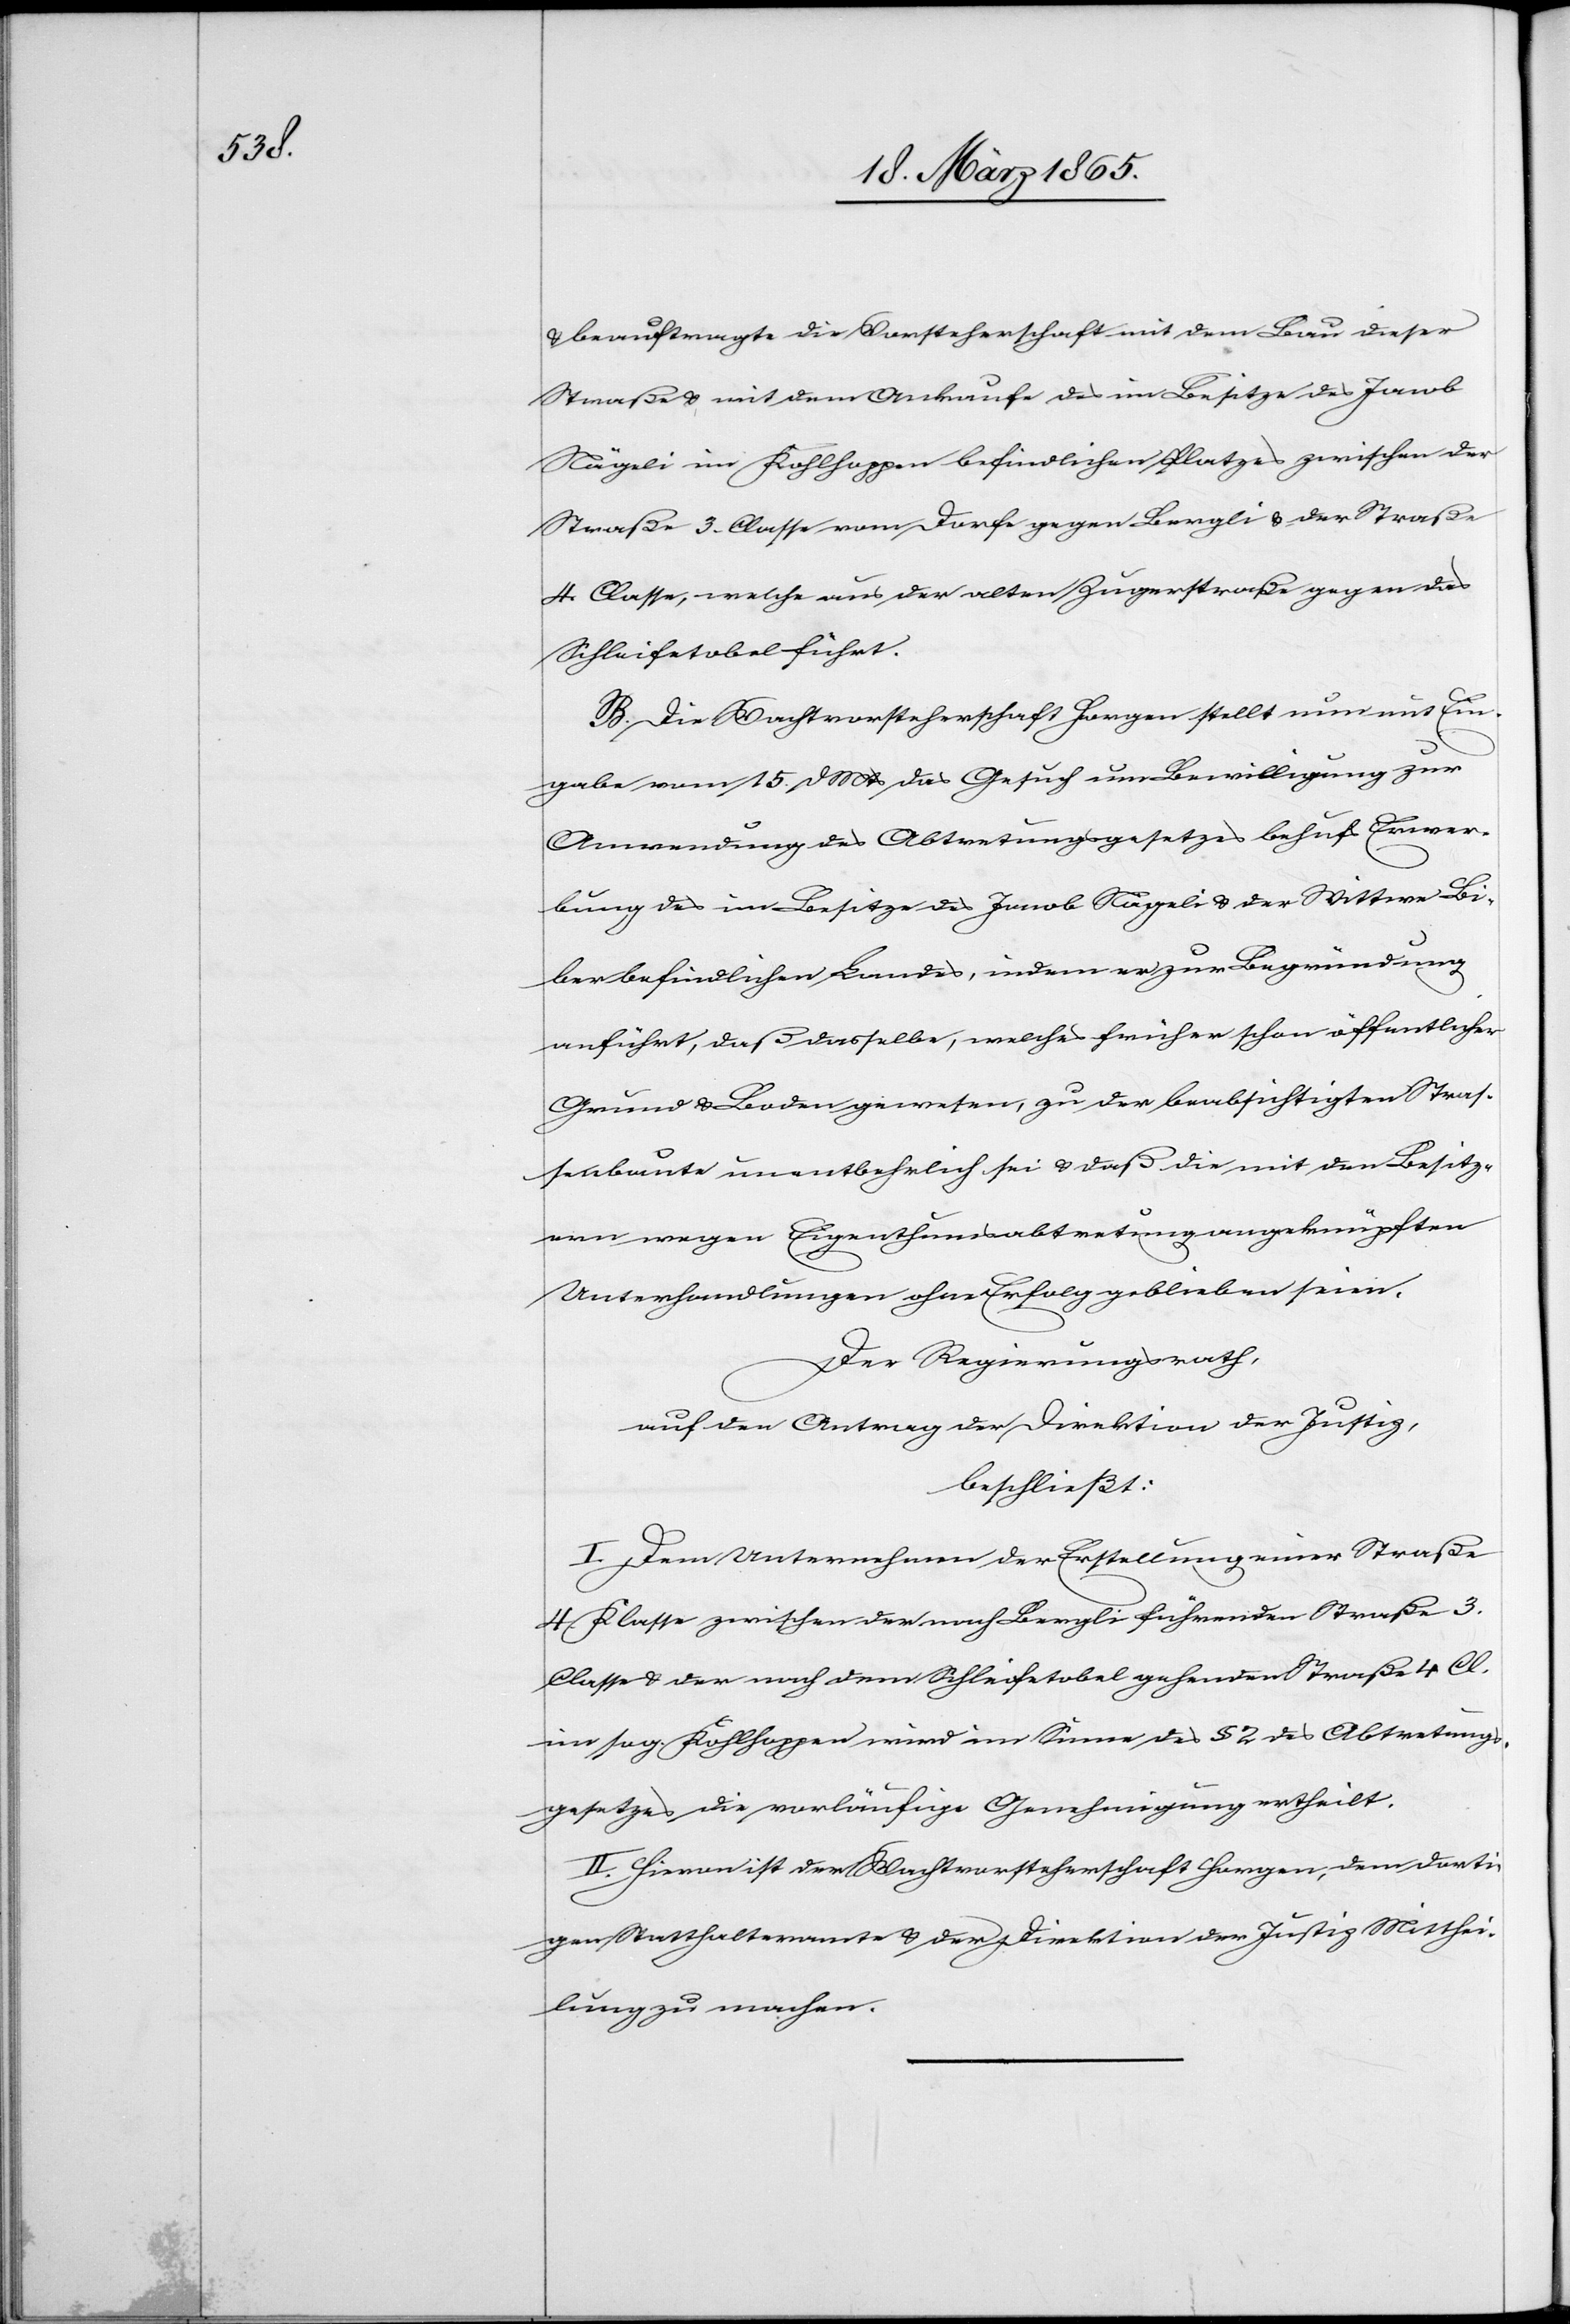
& beauftragte die Vorsteherschaft mit dem Bau dieser
Straße & mit dem Ankaufe des im Besitze des Jacob
Nägeli im Kohlhoppen befindlichen Platzes zwischen der
Straße 3. Classe vom Dorfe gegen Bergli & der Straße
4. Classe, welche aus der alten Zugerstraße gegen das
Schleifetobel führt.
B. Die Wahlvorsteherschaft Horgen stellt nun mit Ein¬
gabe vom 15. d Mts das Gesuch um Bewilligung zur
Anwendung des Abtretungsgesetzes behufs Erwer¬
bung des im Besitze des Jacob Nägeli & der Wittwe Bi¬
ber befindlichen Landes, indem er zur Begründung
anführt, daß dasselbe, welches früher schon öffentlicher
Grund & Boden gewesen, zu der beabsichtigten Stra¬
ßenbaute unentbehrlich sei & daß die mit den Besitz¬
ern wegen Eigenthumsabtretung angeknüpften
Unterhandlungen ohne Erfolg geblieben seien.
Der Regierungsrath,
auf den Antrag der Direktion der Justiz,
beschließt:
I. Dem Unternehmen der Erstellung einer Straße
4. Klasse zwischen der nach Bergli führenden Straße 3.
Classe & der nach dem Schleifetobel gehenden Straße 4 Cl.
im sog. Kohlhoppen wird im Sinne des § 2 des Abtretungs¬
gesetzes die vorläufige Genehmigung ertheilt.
II. Hievon ist der Wahlvorsteherschaft Horgen, dem dorti¬
gen Statthalteramte & der Direktion der Justiz Mitthei¬
lung zu machen.